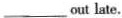
___ out late.